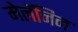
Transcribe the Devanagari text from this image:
मेलॅनिन